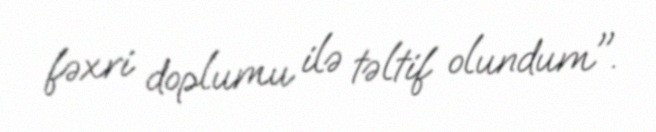
fəxri doplumu ilə təltif olundum".